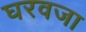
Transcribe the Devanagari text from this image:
घरवजा